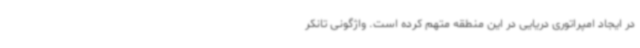
در ایجاد امپراتوری دریایی در این منطقه متهم کرده است. واژگونی تانکر